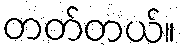
တတ်တယ်။